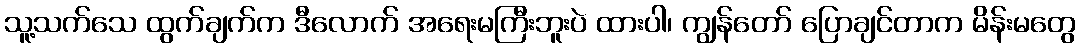
သူ့သက်သေ ထွက်ချက်က ဒီလောက် အရေးမကြီးဘူးပဲ ထားပါ၊ ကျွန်တော် ပြောချင်တာက မိန်းမတွေ